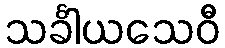
သင်္ခါယသေဝီ